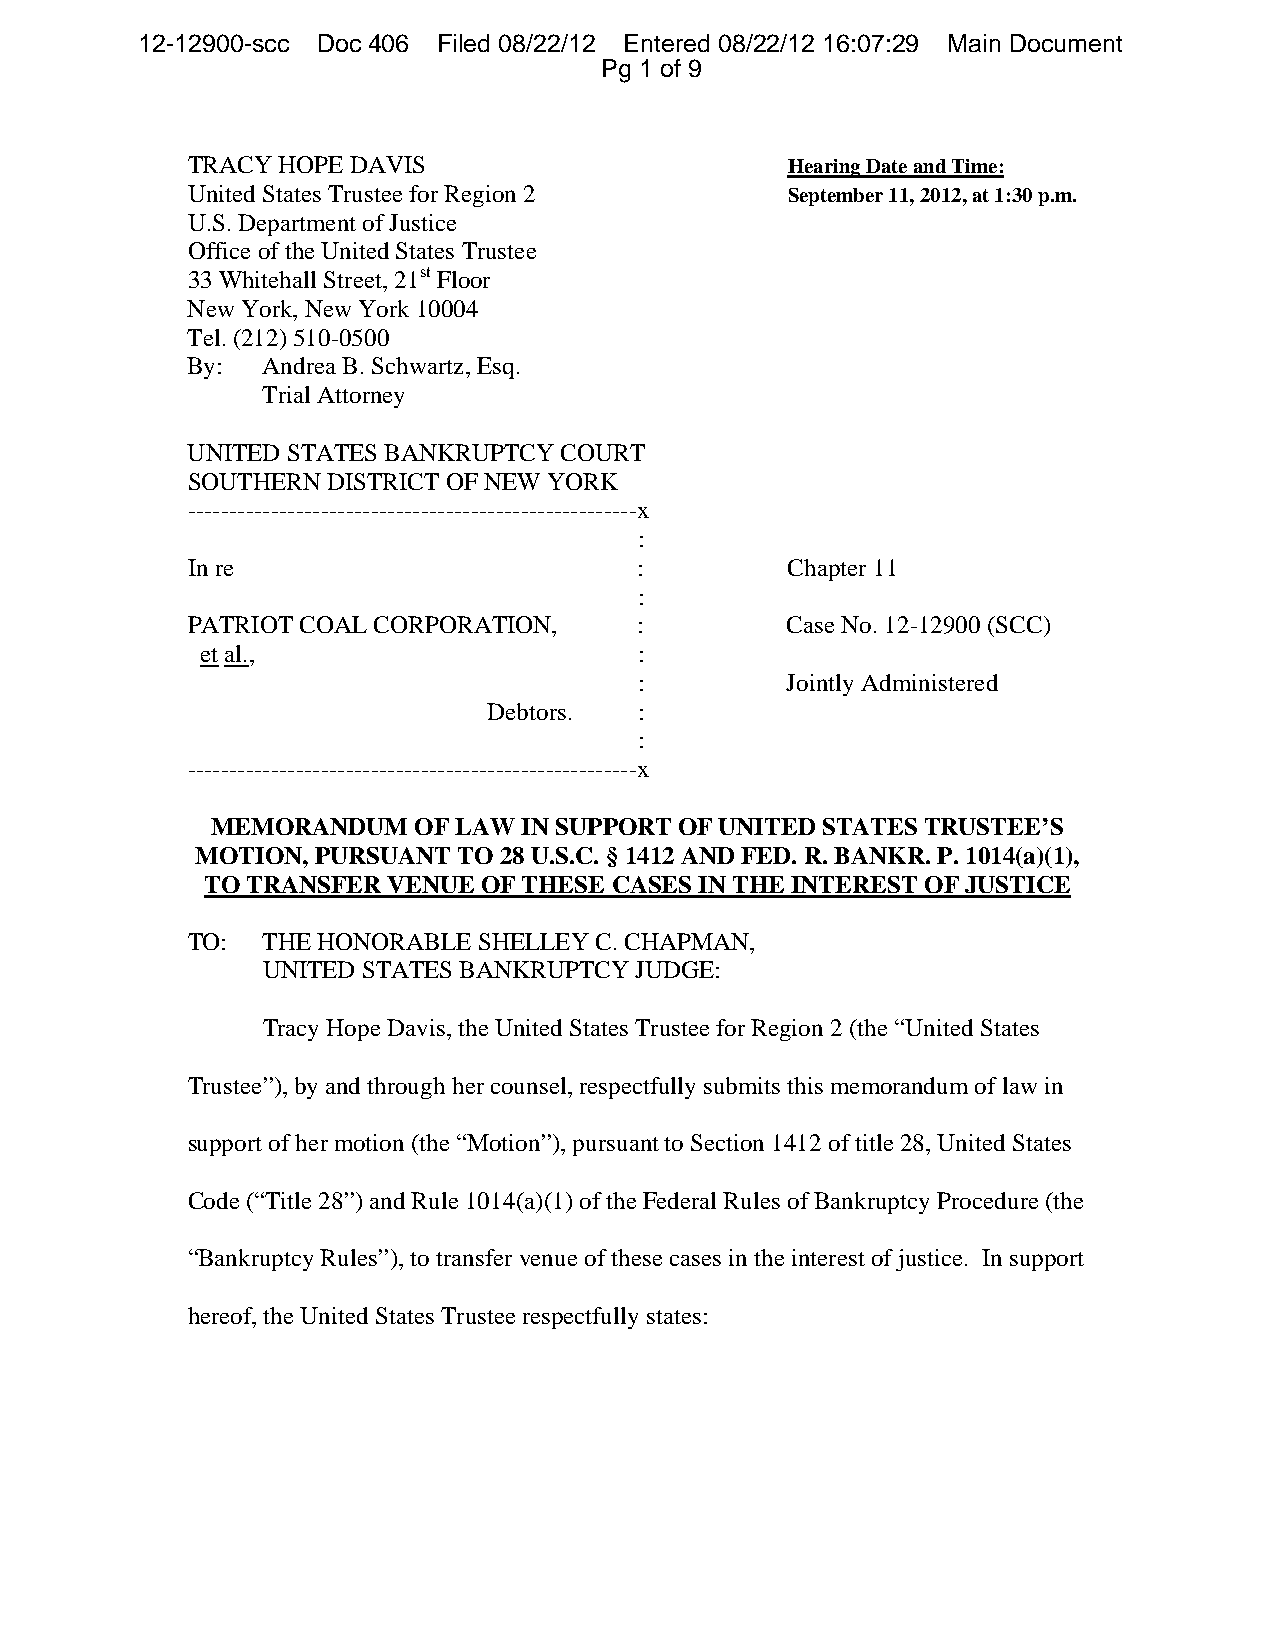
12-12900-scc Doc 406 Filed 08/22/12 Entered 08/22/12 16:07:29 Main Document
 Pg 1 of 9
 TRACY HOPE DAVIS                        Hearing Date and Time:
 United States Trustee for Region 2      September 11, 2012, at 1:30 p.m.
 U.S. Department of Justice
 Office of the United States Trustee
 33 Whitehall Street, 21st Floor
 New York, New York 10004
 Tel. (212) 510-0500
 By:  Andrea B. Schwartz, Esq.
 Trial Attorney
 UNITED STATES BANKRUPTCY COURT
 SOUTHERN  DISTRICT OF NEW YORK
 ------------------------------------------------------x
 :
 In re                         :         Chapter 11
 :
 PATRIOT COAL CORPORATION,     :         Case No. 12-12900 (SCC)
 et al.,                      :
 :         Jointly Administered
 Debtors.  :
 :
 ------------------------------------------------------x
 MEMORANDUM   OF LAW  IN SUPPORT OF UNITED STATES TRUSTEE’S
 MOTION, PURSUANT TO 28 U.S.C. § 1412 AND FED. R. BANKR. P. 1014(a)(1),
 TO TRANSFER VENUE OF THESE CASES IN THE INTEREST OF JUSTICE
 TO:  THE HONORABLE  SHELLEY C. CHAPMAN,
 UNITED STATES BANKRUPTCY JUDGE:
 Tracy Hope Davis, the United States Trustee for Region 2 (the “United States
 Trustee”), by and through her counsel, respectfully submits this memorandum of law in
 support of her motion (the “Motion”), pursuant to Section 1412 of title 28, United States
 Code (“Title 28”) and Rule 1014(a)(1) of the Federal Rules of Bankruptcy Procedure (the
 “Bankruptcy Rules”), to transfer venue of these cases in the interest of justice. In support
 hereof, the United States Trustee respectfully states: